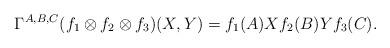
LaTeX: \begin{align*}\Gamma^{A,B,C}(f_1\otimes f_2\otimes f_3)(X,Y)=f_1(A)Xf_2(B)Yf_3(C).\end{align*}